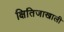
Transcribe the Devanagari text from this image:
क्षितिजाखाली